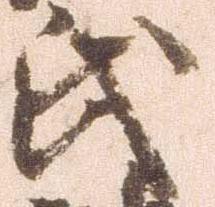
氏